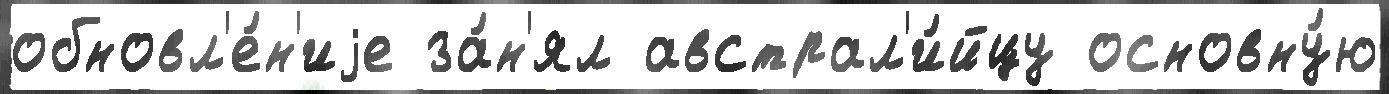
обновл'е́н'иjе за́н'ял австрал'и́йцу основну́ю